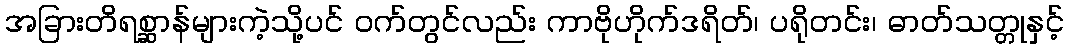
အခြားတိရစ္ဆာန်များကဲ့သို့ပင် ဝက်တွင်လည်း ကာဗိုဟိုက်ဒရိတ်၊ ပရိုတင်း၊ ဓာတ်သတ္တုနှင့်